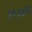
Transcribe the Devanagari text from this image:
१९७४चा